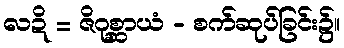
လဍိ = ဇိဂုစ္ဆာယံ - စက်ဆုပ်ခြင်း၌။